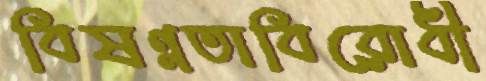
বিষণ্নতাবিরোধী